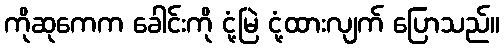
ကိုဆုကေက ခေါင်းကို ငုံ့မြဲ ငုံ့ထားလျက် ပြောသည်။